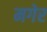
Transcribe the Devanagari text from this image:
मगेर